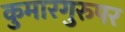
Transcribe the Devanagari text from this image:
कुमारगुरुपर